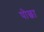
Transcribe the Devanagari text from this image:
पोछा